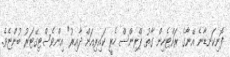
ފޮނިކަނޑާނެ އޭނާގެ ރައްޓެހިން ގާތު ޕްރިންސް ހެރީ ކައިރިއަށް ދާއިރު" އިންވެސްޓިގޭޓަރު ބުންޏެވެ.